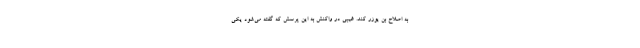
به اصلاح بن یوزر کند. غیبی در واکنش به این پرسش که گفته می‌شود یکی